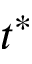
t ^ { * }